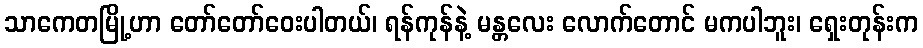
သာကေတမြို့ဟာ တော်တော်ဝေးပါတယ်၊ ရန်ကုန်နဲ့ မန္တလေး လောက်တောင် မကပါဘူး၊ ရှေးတုန်းက